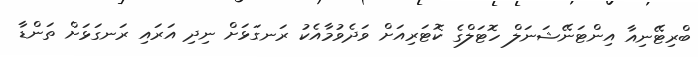
ބްރިޓޭނިއާ އިންޓަނޭޝަނަލް ހޮޓަލްގެ ކޮޓަރިއަށް ވަދެވުމާއެކު ރަނގަޅަށް ނިދި އަރައި ރަނގަޅަށް ތަންޑާ